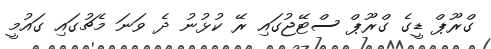
ގްރޫޕް ޑީގެ ގްރޫޕް ސްޓޭޖުގައި ރޭ ކުޅުނު ދެ ވަނަ މެޗުގައި ގައުމީ